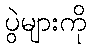
ပွဲများကို